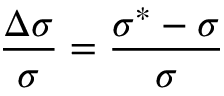
\frac { \Delta \sigma } { \sigma } = \frac { \sigma ^ { * } - \sigma } { \sigma }